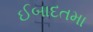
ઈબાદતમા